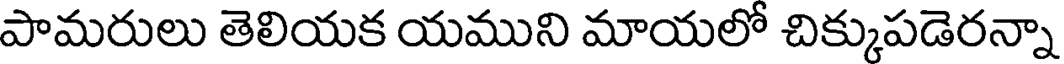
పామరులు తెలియక యముని మాయలో చిక్కుపడెరన్నా